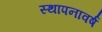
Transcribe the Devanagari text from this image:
स्थापनावर्ष